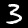
Digit: 3